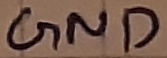
Text: GND